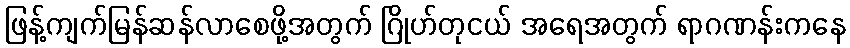
ဖြန့်ကျက်မြန်ဆန်လာစေဖို့အတွက် ဂြိုဟ်တုငယ် အရေအတွက် ရာဂဏန်းကနေ